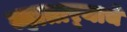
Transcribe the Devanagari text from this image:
म्हातार्‍याचे